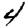
Digit: 4